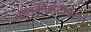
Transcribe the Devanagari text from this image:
अमरकोशटीकेचा